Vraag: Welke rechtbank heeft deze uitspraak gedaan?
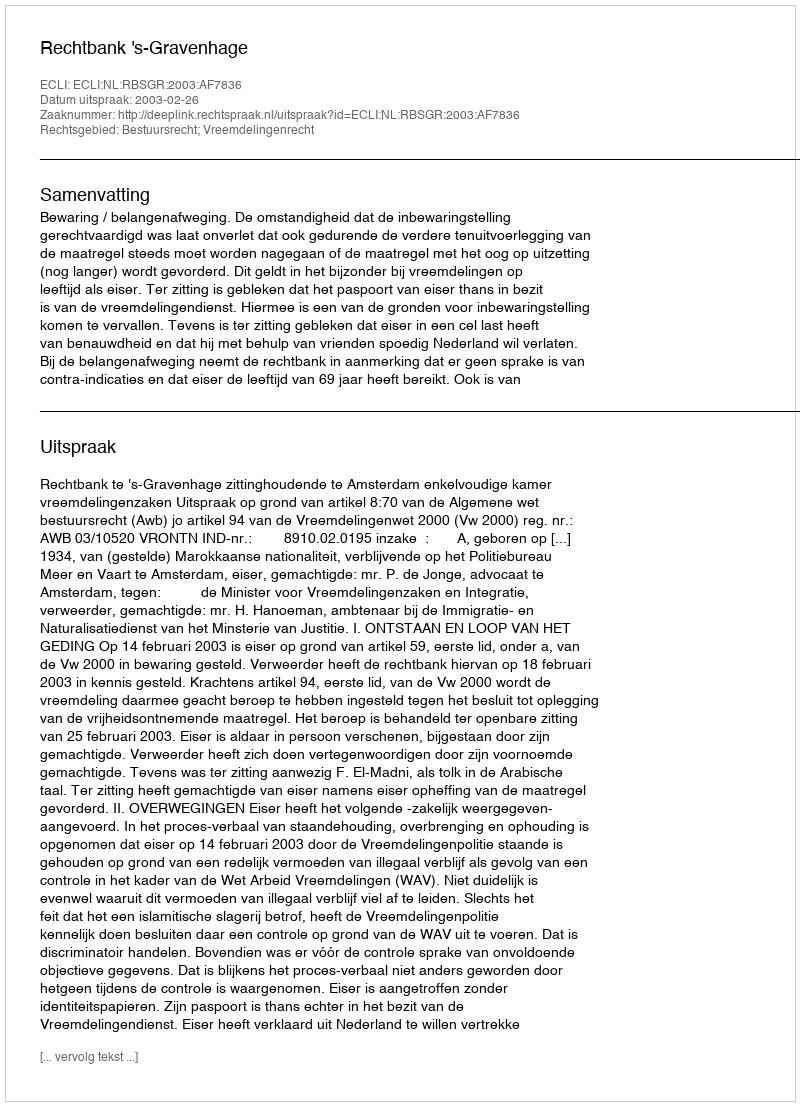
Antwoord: Rechtbank 's-Gravenhage